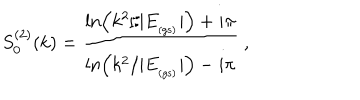
S _ { 0 } ^ { ( 2 ) } ( k ) = \frac { \ln \left( k ^ { 2 } / | E _ { _ \mathrm { ( g s ) } } | \right) + i \pi } { \ln \left( k ^ { 2 } / | E _ { _ \mathrm { ( g s ) } } | \right) - i \pi } \; ,